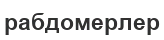
рабдомерлер